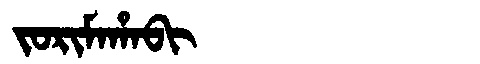
Manchu: ᠵᠣᡵᡳᠮᠠᡥᠠᠪᡳ
Romanization: JORIMAHABI